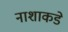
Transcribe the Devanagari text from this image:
नाशाकडे